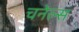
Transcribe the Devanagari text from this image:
चनेल्स